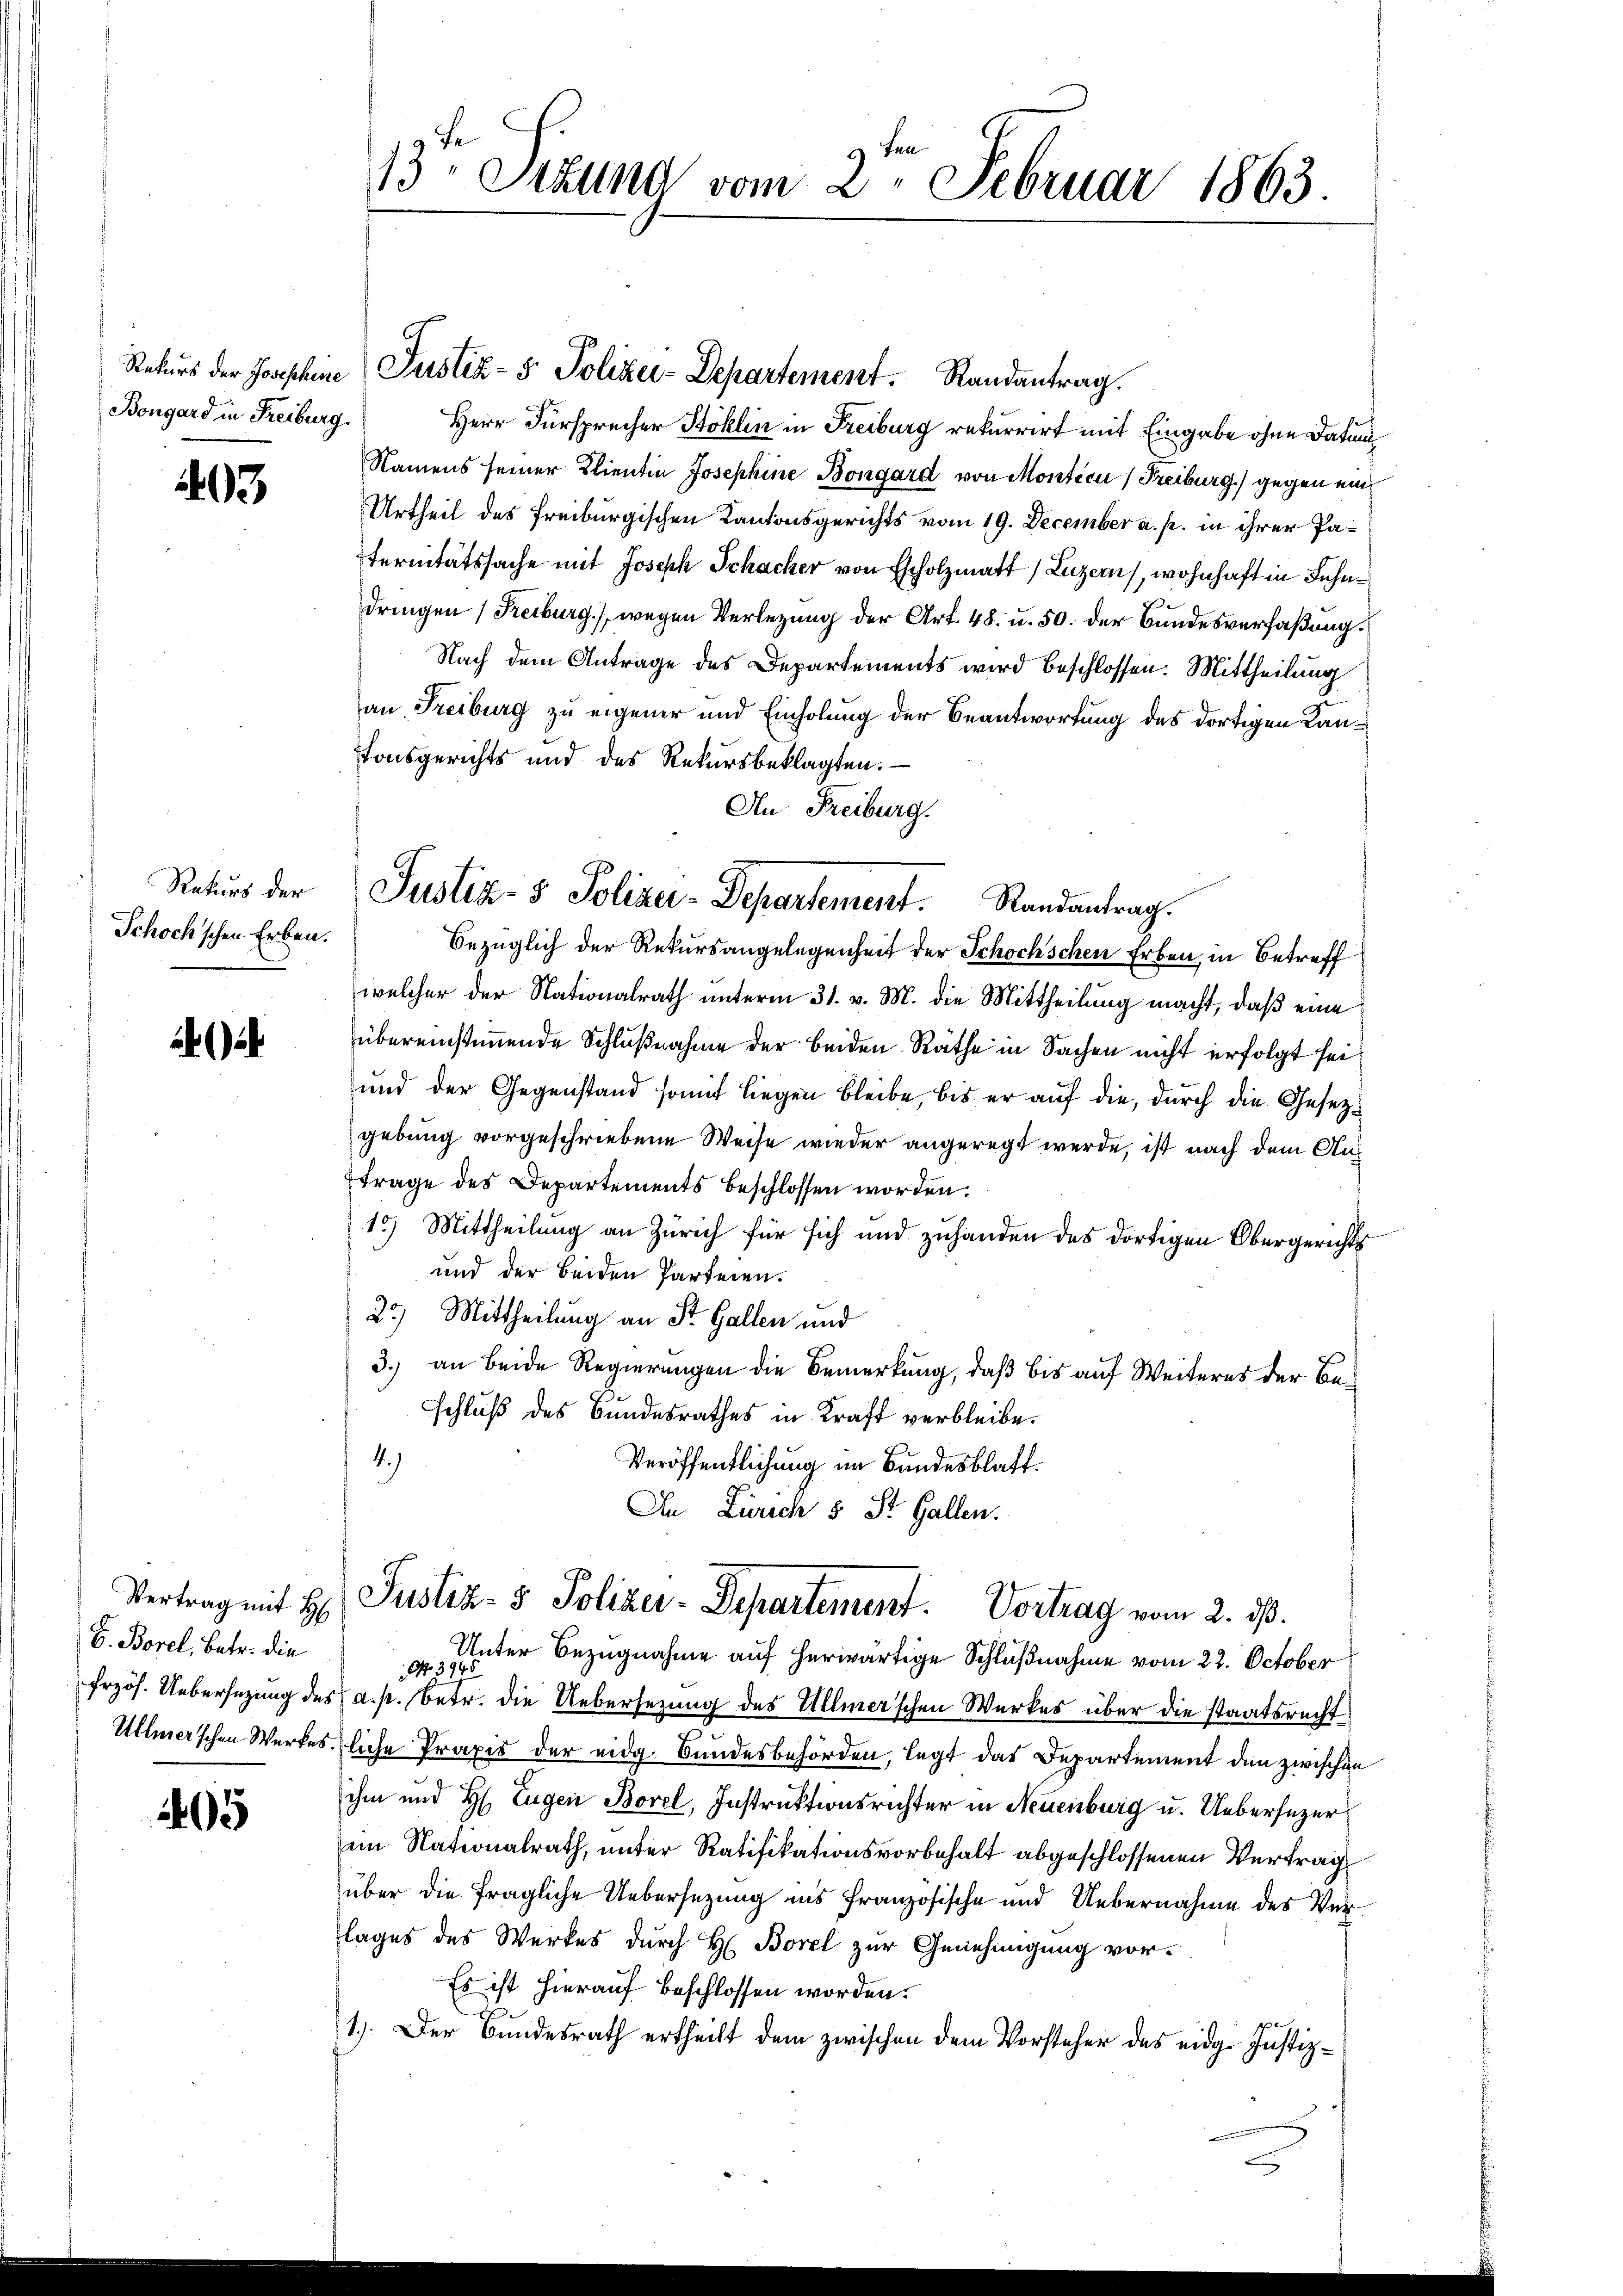
Bongard in Freiburg

03

Rekurs der
Schochschen Erben.

E. Borel, betr. die

2405

13ten Sizung vom 2. Februar 1863.

Rekurs der Josephine Justiz- & Polizei-Departement. Randantrag.
Herr Fürsprecher Stoklin in Freiburg rekurrirt mit Eingabe ohne Datum
Namens seiner Klientin Josephine Bongard von Monticu (Freiburg) gegen ein
Urtheil des Freiburgischen Kantonsgerichts vom 19. December a. p. in ihrer Paternitätssache mit Joseph Schacher von Escholzmatt, Luzern, wohnhaft in Fahndringen (Freiburg), wegen Verlegung der Art. 48. u. 50. der Bundesverfaßung.
Nach dem Antrage des Departements wird beschlossen: Mittheilung
an Freiburg zu eigener und Einholung der Beantwortung des dortigen Kantonsgerichts und des Rekursbeklagten.
An Freiburg.
bezüglich der Rekursangelegenheit der Schochschen Erben in Betreff
welcher der Nationalrath unterm 31. v. M. die Mittheilung macht, daß eine
übereinstimmende Schlußnahme der beiden Räthe in Sachen nicht erfolgt sei,
und der Gegenstand somit liegen bleibe, bis er auf die, durch die Gesezgebung vorgeschriebene Weise wieder angeregt werde, ist nach dem Auf
Frage des Departements beschlossen worden.
15) Mittheilung an Zürich für sich und zuhanden des dortigen Obergerichts
und der beiden Parteien.
23.) Mittheilung an St. Gallen und
3.) an beide Regierungen die Bemerkung, daß bis auf Weiteres der Beschluß des Bundesrathes in Kraft verbleibe.
4.)
Veröffentlichung im Bundesblatt.
In Zürich 5 St. Gallen.

Justiz- & Polizei-Departement. Randantrag.

Vertrag mit H. Justiz- & Polizer-Departement. Vortrag vom 2. ds.

Unter Bezugnahme auf herwärtige Schlußnahme vom 22. October
No 3945
frzös. Uebersezung des a. p. betr. die Uebersezung des Ullmer'schen Werkes über die staatsrecht
Ullmerschen Werkesliche Praxis der eidg. Bundesbehörden, legt das Departement den zwischen
ihm und H. Eugen Borel, Instruktionsrichter in Neuenburg u. Uebersezer
im Nationalrath, unter Ratifikationsvorbehalt abgeschlossenen Vertrag
über die fragliche Uebersezung ins Französische und Uebernahme des Verlages des Werkes durch H. Borel zur Genehmigung vor¬
Es ist hierauf beschlossen worden.
.
1.) Der Bundesrath ertheilt dem zwischen dem Vorsteher des eidg. Justiz¬